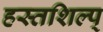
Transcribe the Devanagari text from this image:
हस्तशिल्प्